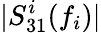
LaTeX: |S_{31}^{i}(f_{i})|